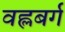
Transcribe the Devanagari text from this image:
वह्लबर्ग